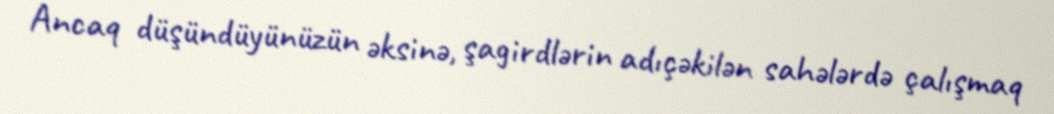
Ancaq düşündüyünüzün əksinə, şagirdlərin adıçəkilən sahələrdə çalışmaq